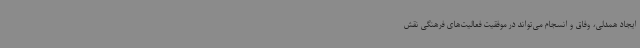
ایجاد همدلی، وفاق و انسجام می‌تواند در موفقیت فعالیت‌های فرهنگی نقش